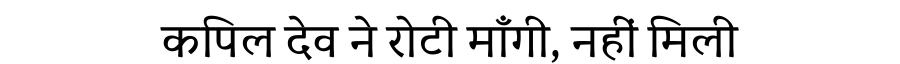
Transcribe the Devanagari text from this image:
कपिल देव ने रोटी माँगी, नहीं मिली